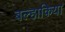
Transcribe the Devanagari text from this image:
बल्हाकिया